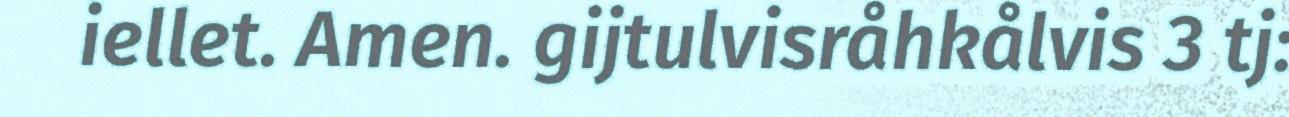
iellet. Amen. gijtulvisråhkålvis 3 tj: